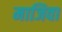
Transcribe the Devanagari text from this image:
माजिवा